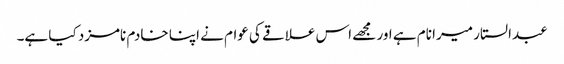
عبدالستار میرا نام ہے اور مجھے اس علاقے کی عوام نے اپنا خادم نامزد کیا ہے۔